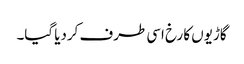
گاڑیوں کا رخ اسی طرف کردیا گیا۔